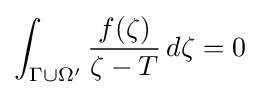
\int _{\Gamma \cup \Omega '}{\frac {f(\zeta )}{\zeta -T}}\,d\zeta =0